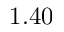
1 . 4 0